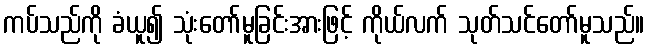
ကပ်သည်ကို ခံယူ၍ သုံးတော်မူခြင်းအားဖြင့် ကိုယ်လက် သုတ်သင်တော်မူသည်။